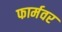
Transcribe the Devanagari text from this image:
फार्मवर